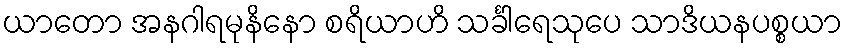
ယာတော အနဂါရမုနိနော စရိယာဟိ သင်္ခါရေသုပေ သာဒိယနပစ္စယာ